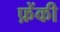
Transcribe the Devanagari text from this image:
फ़ेंकी